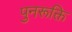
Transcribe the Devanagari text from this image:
पुनरूक्ति